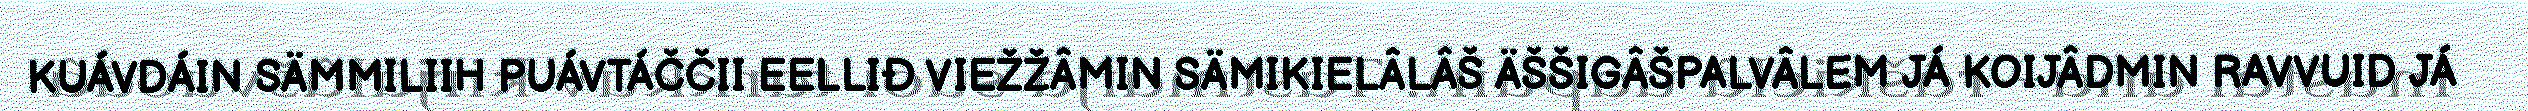
KUÁVDÁIN SÄMMILIIH PUÁVTÁČČII EELLIĐ VIEŽŽÂMIN SÄMIKIELÂLÂŠ ÄŠŠIGÂŠPALVÂLEM JÁ KOIJÂDMIN RAVVUID JÁ